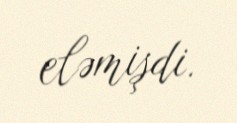
eləmişdi.